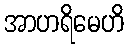
အာဟရိမေဟိ